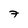
Character: 7